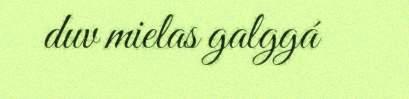
duv mielas galggá